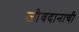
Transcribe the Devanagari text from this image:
जीवदानाची